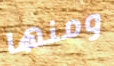
ومنها